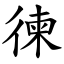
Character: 徚